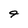
Character: 4